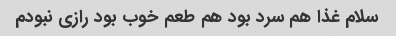
سلام غذا هم سرد بود هم طعم خوب بود رازى نبودم